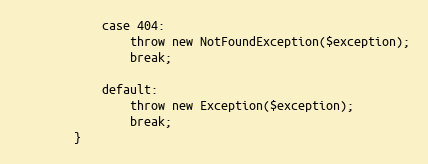
Language: PHP
            case 404:
                throw new NotFoundException($exception);
                break;

            default:
                throw new Exception($exception);
                break;
        }